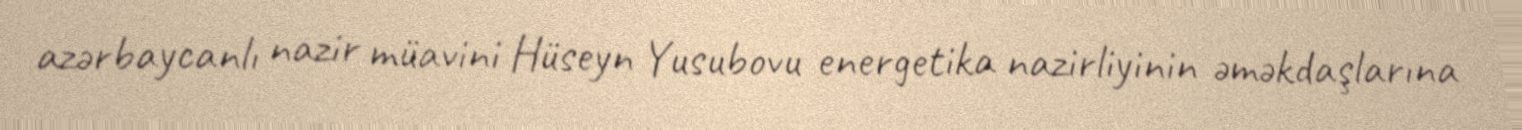
azərbaycanlı nazir müavini Hüseyn Yusubovu energetika nazirliyinin əməkdaşlarına